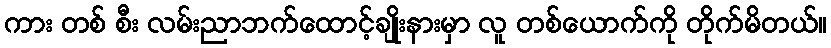
ကား တစ် စီး လမ်းညာဘက်ထောင့်ချိုးနားမှာ လူ တစ်ယောက်ကို တိုက်မိတယ်။